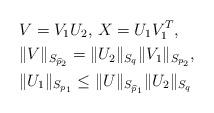
LaTeX: \begin{align*}&V=V_{1}U_{2},\, X=U_{1}V^{T}_{1},\\&\|V\|_{S_{\widehat{p}_{2}}}=\|U_{2}\|_{S_{q}}\|V_{1}\|_{S_{p_{2}}},\\&\|U_{1}\|_{S_{p_{1}}}\leq\|U\|_{S_{\widehat{p}_{1}}}\|U_{2}\|_{S_{q}}\end{align*}